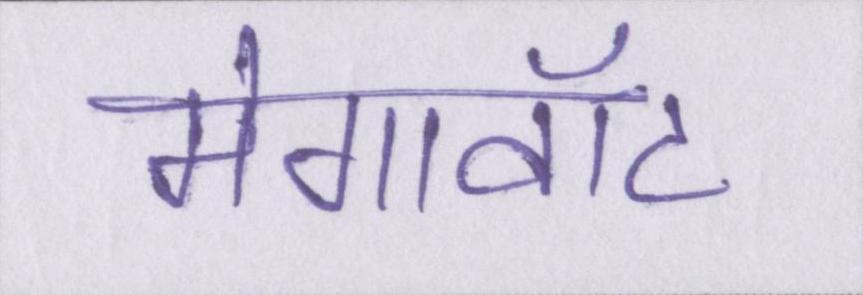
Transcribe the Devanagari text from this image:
मेगावॉट